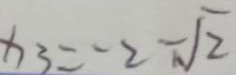
x _ { 3 } = - 2 - \sqrt { 2 }